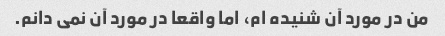
من در مورد آن شنیده ام، اما واقعا در مورد آن نمی دانم.